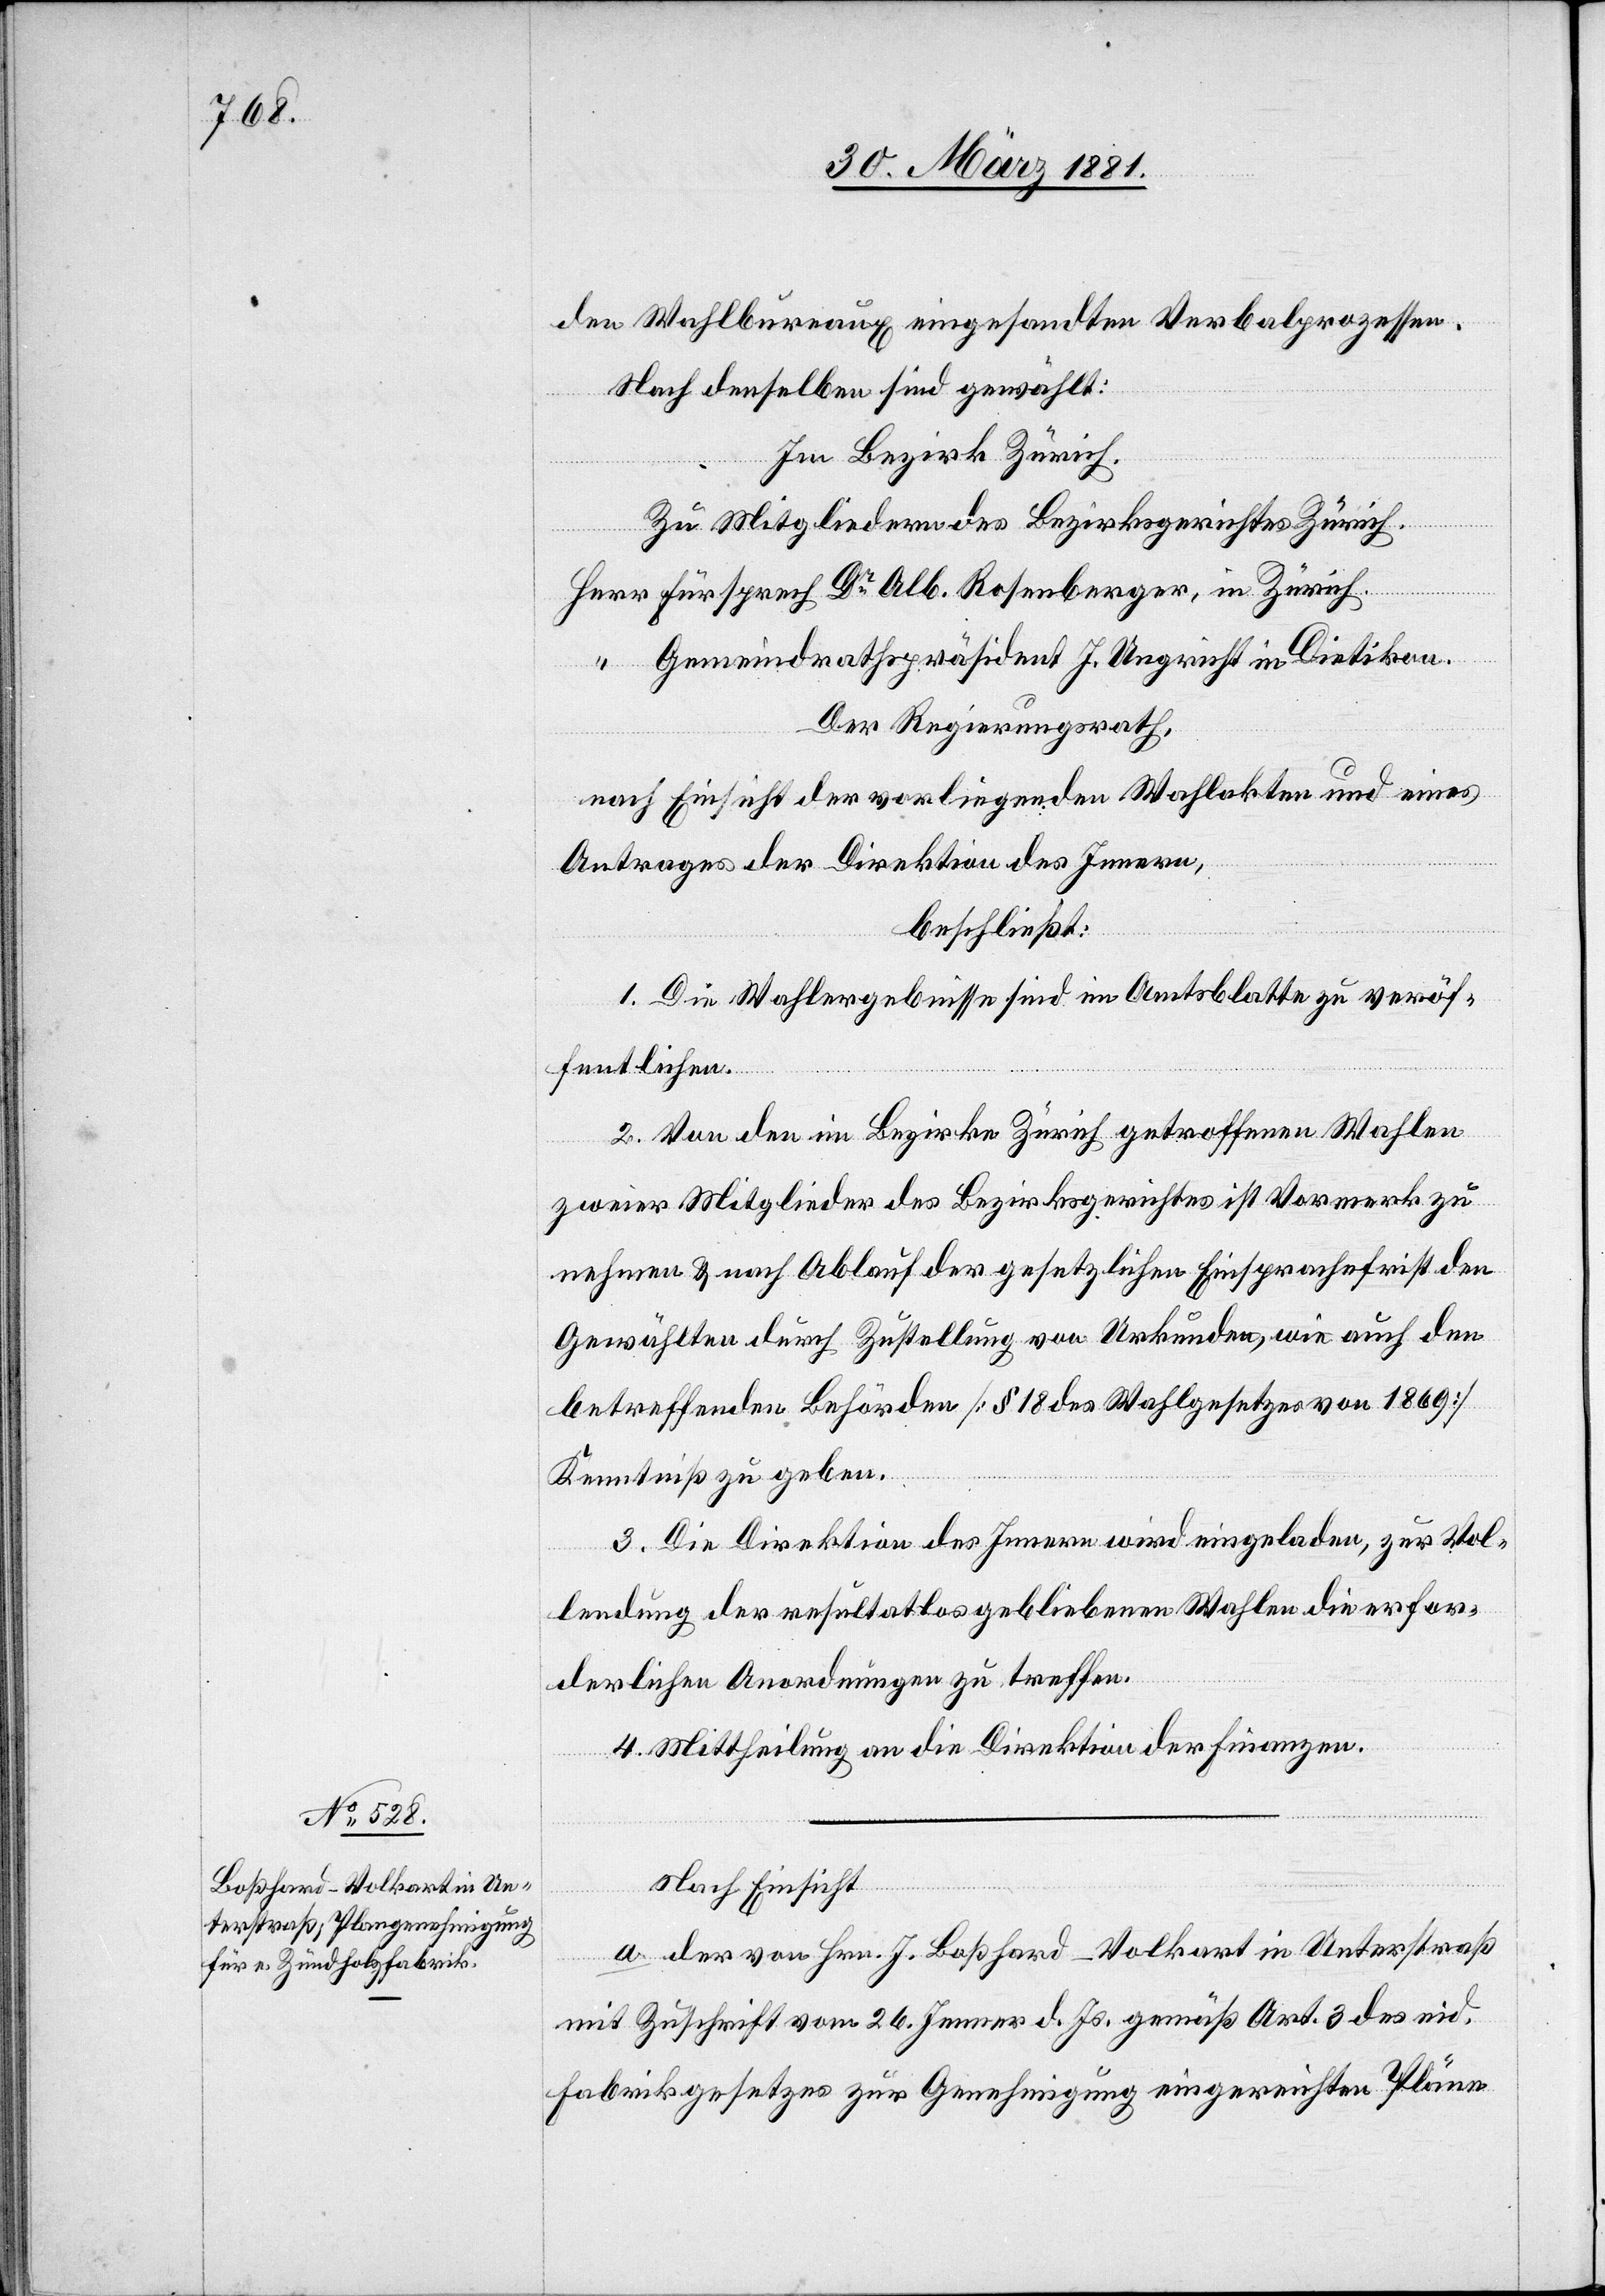
den Wahlbureaux eingesandten Verbalprozessen.
Nach denselben sind gewählt:
Im Bezirk Zürich.
Zu Mitgliedern des Bezirksgerichtes Zürich
Herr Fürsprech Dr Alb. Rosenberger, in Zürich.
“ Gemeindrathspräsident J. Ungricht in Dietikon.
Der Regierungsrath,
nach Einsicht der vorliegenden Wahlakten und eines
Antrages der Direktion des Innern,
beschließt:
1. Die Wahlergebnisse sind im Amtsblatte zu veröf¬
fentlichen.
2. Von den im Bezirke Zürich getroffenen Wahlen
zweier Mitglieder des Bezirksgerichtes ist Vormerk zu
nehmen & nach Ablauf der gesetzlichen Einsprachefrist den
Gewählten durch Zustellung von Urkunden, wie auch den
betreffenden Behörden [§ 18 des Wahlgesetzes von 1869]
Kenntniß zu geben.
3. Die Direktion des Innern wird eingeladen, zur Vol¬
lendung der resultatlos gebliebenen Wahlen die erfor¬
derlichen Anordnungen zu treffen.
4. Mittheilung an die Direktion der Finanzen.
Nach Einsicht
a. der von Hrn. J. Boßhard-Volkart in Unterstraß
mit Zuschrift vom 26. Jenner d. Js. gemäß Art. 3 des eid.
Fabrikgesetzes zur Genehmigung eingereichten Pläne